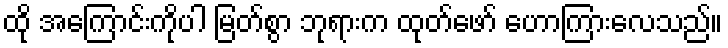
ထို အကြောင်းကိုပါ မြတ်စွာ ဘုရားက ထုတ်ဖော် ဟောကြားလေသည်။